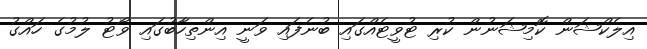
އިލެކްޝަން ކޮމިޝަނުން ކުރި ޓުވީޓެއްގައި ބުނެފައި ވަނީ އިންތިހާބުގައި ވޯޓު ލުމުގެ ހައްގު